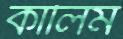
কালিম